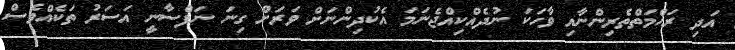
އަދި ރަޙްމަތްތެރިންނާއި ވާހަކަ ނުދެއްކިއްޖެނަމަ އެކުދިންނަށް ވަރަށް ގިނަ ނަފްސާނީ އަސަރު ތަކެއްވެސް